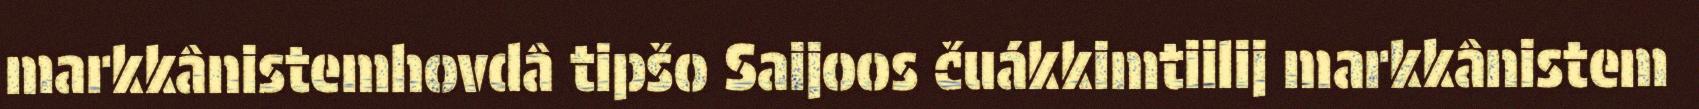
markkânistemhovdâ tipšo Saijoos čuákkimtiilij markkânistem